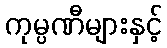
ကုမ္ပဏီများနှင့်